Annual vaccination report of Bihar and Orissa - 1911-1928
Year: 1911
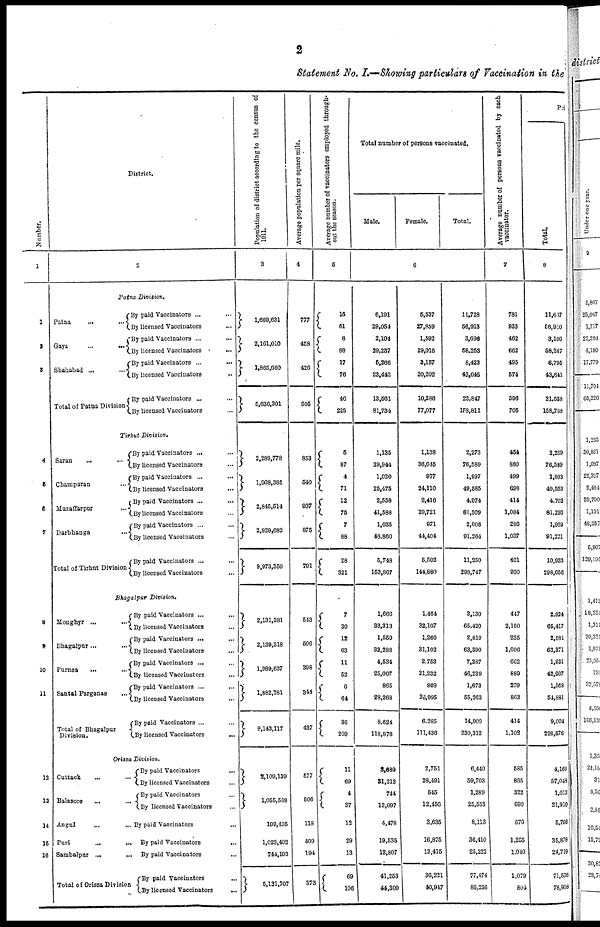
2
Statement No. I.— Showing particulars of Vaccination in the
Number.
1
1
2
3
4
5
6
7
8
9
10
11
12
13
14
15
16
District.
2
Patna Division.
Patna
...
...
Gaya
...
...
Shahabad...
...
Total of Patna Division
By paid Vaccinators ... ...
By licensed Vaccinators ...
By paid Vaccinators ... ...
By licensed Vaccinators ...
By paid Vaccinators ...
...
By licensed Vaccinators ...
By paid Vaccinators ... ...
By licensed Vaccinators ...
Tirhut Division.
Saran
...
...
Champaran ...
Muzaffarpur ...
Darbhanga ... ...
Total of Tirhut Division
By paid Vaccinators ... ...
By licensed Vaccinators ...
By paid Vaccinators ...
...
By licensed Vaccinators
...
By paid Vaccinators ...
...
By licensed Vaccinators ...
By paid Vaccinators ... ...
By licensed Vaccinators ...
By paid Vaccinators ... ...
By licensed Vaccinators
...
Bhagalpur Division.
Monghyr
...
...
Bhagalpur... ...
Purnea
...
...
Santal Parganas
...
Total of Bhagalpur
Division.
By paid Vaccinators ... ...
By licensed Vaccinators ...
By paid Vaccinators ... ...
By licensed Vaccinators ...
By paid Vaccinators ... ...
By licensed Vaccinators ...
By paid Vaccinators ... ...
By licensed Vaccinators ...
By paid Vaccinators ... ...
By licensed Vaccinators
...
Orissa Division.
Cuttack ... ...
Balasore ... ...
Angul ... ...
Puri ... ...
Sambalpur
...
...
Total of Oriasa Division
By paid Vaccinators
...
By licensed Vaccinators ...
By paid Vaccinators ...
By licensed Vaccinators ...
By paid Vaccinators ...
By paid Vaccinators
...
By paid Vaccinators ...
By paid Vaccinators ...
By licensed Vaccinators
...
Population of district according to the census of
1911.
3
1,609,631
2,161,010
1,865,660
5,636,301
2,289,778
1,908,385
2,845,514
2,929,682
9,973,359
2,131,381
2,139,318
1,989,637
1,882,781
8,143,117
2,109,139
1,055,568
199,405
1,023,402
744,193
5,131,707
Average population per square mile.
4
777
458
426
505
853
540
937
876
791
543
506
308
344
437
577
506
118
409
194
373
Average number of vaccinators employed through-
out the season.
5
15
61
8
88
17
76
40
225
5
87
4
71
12
76
7
88
28
321
7
30
12
63
11
52
6
64
36
209
11
69
4
37
12
29
13
69
106
Total number of persons vaccinated.
Male.
Female.
Total.
6
6,191
29,054
2,104
39,237
5,266
23,443
13,561
81,734
1,135
39,944
1,020
25,475
2,558
41,588
1,036
46,860
5,748
153,867
1,666
33,313
1,559
32,288
4,534
25,007
865
28,268
8,624
118,876
3,689
31,212
744
13,097
4,478
19,535
12,807
41,253
44,309
5,537
27,859
1,592
29,016
3,157
20,202
10,286
77,077
1,138
36,645
977
24,110
2,416
39,721
971
44,404
5,502
144,880
1,464
32,107
1,260
31,102
2,753
21,232
808
26,995
6,285
111,436
2,751
28,491
545
12,456
3,635
16,875
12,415
36,221
40,947
11,728
56,913
3,696
58,253
8,423
43,645
23,847
158,811
2,273
76,589
1,997
49,585
4,974
81,309
2,006
91,264
11,250
298,747
3,130
65,420
2,819
63,390
7,287
46,239
1,673
55,263
14,900
230,312
6,440
59,703
1,289
25,553
8,113
36,410
25,222
77,474
85,256
Average number of persons vaccinated by each
vaccinator.
7
781
933
462
662
495
574
596
705
454
880
499
698
414
1,084
286
1,037
401
930
447
2,180
235
1,006
662
889
279
863
414
1,102
585
885
322
690
676
1,255
1,940
1,079
804
Pri
Total.
8
11,607
56,910
3,106
58,247
6,795
43,641
21,538
158,798
2,269
76,589
1,993
49,553
4,702
81,293
1,969
91,221
10,933
298,656
2,924
65,417
2,581
63,371
1,931
42,907
1,568
54,881
9,004
226,576
4,160
57,048
1,013
21,910
5,766
35,878
24,719
71,536
78,958